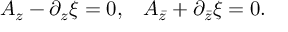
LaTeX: \begin{array} { l l } { { A _ { z } - \partial _ { z } \xi = 0 , } } & { { A _ { \bar { z } } + \partial _ { \bar { z } } \xi = 0 . } } \end{array}